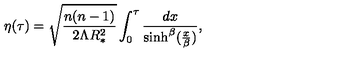
\eta ( \tau ) = \sqrt { \frac { n ( n - 1 ) } { 2 \Lambda R _ { * } ^ { 2 } } } \int _ { 0 } ^ { \tau } { \frac { d x } { \sinh ^ { \beta } ( { \frac { x } { \beta } } ) } } ,